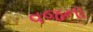
વજના